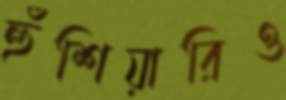
হুঁশিয়ারিও